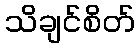
သိချင်စိတ်